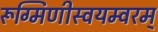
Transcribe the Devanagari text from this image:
रूग्मिणीस्वयम्वरम्